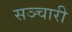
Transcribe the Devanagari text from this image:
सञ्चारी